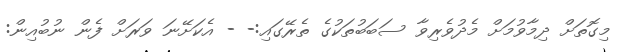
މިގޮތަށް ދިމާވުމަށް މެދުވެރިވާ ސަބަބުތަކުގެ ތެރޭގައި:- - އެކަށޭނަ ވަރަށް ފެން ނުބުއިން: